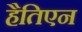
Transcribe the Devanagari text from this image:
हैतिएन